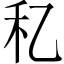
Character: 𥝎